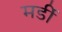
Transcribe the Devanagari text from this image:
मर्डी